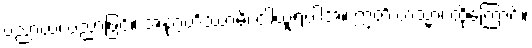
ပညာယ၊ ပညာဖြင့်။ အနုဂ္ဂဟိဿာမိ၊ ငါယူရပါအံ့။ ဣတိ တသ္မာ၊ ထိုကြောင့်။